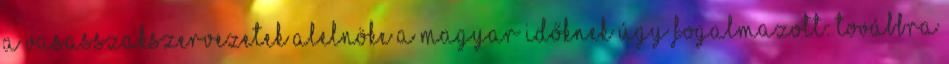
a vasasszakszervezetek alelnöke a Magyar Időknek úgy fogalmazott: továbbra